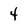
Character: 4